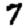
Digit: 7